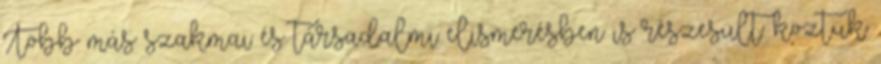
Több más szakmai és társadalmi elismerésben is részesült: köztük